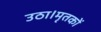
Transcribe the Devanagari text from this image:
उठा।मृतकों